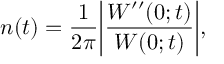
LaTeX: n ( t ) = \frac { 1 } { 2 \pi } \biggl | \frac { W ^ { \prime \prime } ( 0 ; t ) } { W ( 0 ; t ) } \biggr | ,